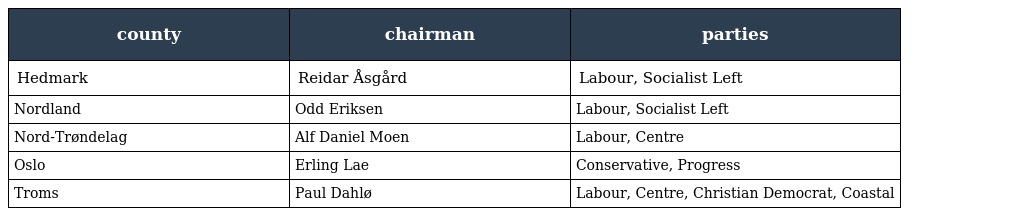
| county | chairman | parties |
 | --- | --- | --- |
 | Hedmark | Reidar Åsgård | Labour, Socialist Left |
 | Nordland | Odd Eriksen | Labour, Socialist Left |
 | Nord-Trøndelag | Alf Daniel Moen | Labour, Centre |
 | Oslo | Erling Lae | Conservative, Progress |
 | Troms | Paul Dahlø | Labour, Centre, Christian Democrat, Coastal |